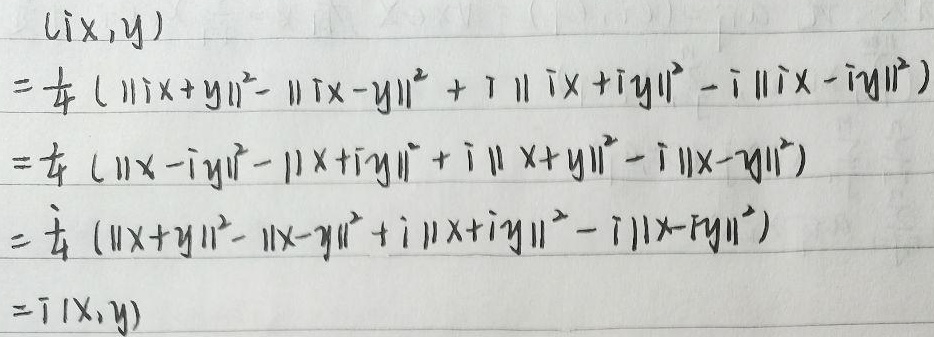
\[
\begin{align*}
(i\mathbf{x},\mathbf{y})&=\frac{1}{4}(\|i\mathbf{x}+\mathbf{y}\|^{2}-\|i\mathbf{x}-\mathbf{y}\|^{2}+i\|i\mathbf{x}+i\mathbf{y}\|^{2}-i\|i\mathbf{x}-i\mathbf{y}\|^{2})\\
&=\frac{1}{4}(\|\mathbf{x}-i\mathbf{y}\|^{2}-\|\mathbf{x}+i\mathbf{y}\|^{2}+i\|\mathbf{x}+\mathbf{y}\|^{2}-i\|\mathbf{x}-\mathbf{y}\|^{2})\\
&=\frac{1}{4}(\|\mathbf{x}+\mathbf{y}\|^{2}-\|\mathbf{x}-\mathbf{y}\|^{2}+i\|\mathbf{x}+i\mathbf{y}\|^{2}-i\|\mathbf{x}-i\mathbf{y}\|^{2})\\
&=\overline{( \mathbf{x},\mathbf{y})}
\end{align*}
\]